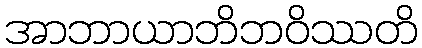
အာဘာယာဘိဘဝိဿတိ